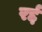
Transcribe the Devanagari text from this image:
रर्द्द